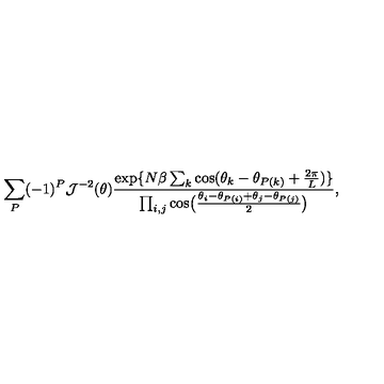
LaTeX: \sum _ { P } ( - 1 ) ^ { P } { \cal J } ^ { - 2 } ( \theta ) { \frac { \exp \{ N \beta \sum _ { k } \cos ( \theta _ { k } - \theta _ { P ( k ) } + { \frac { 2 \pi } { L } } ) \} } { \prod _ { i , j } \cos \bigl ( { \frac { \theta _ { i } - \theta _ { P ( i ) } + \theta _ { j } - \theta _ { P ( j ) } } { 2 } } \bigr ) } } ,